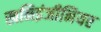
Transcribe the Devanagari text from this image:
खनिइंजीनियर